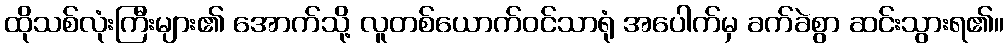
ထိုသစ်လုံးကြီးများ၏ အောက်သို့ လူတစ်ယောက်ဝင်သာရုံ အပေါက်မှ ခက်ခဲစွာ ဆင်းသွားရ၏။